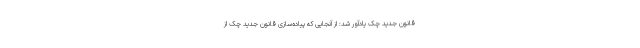
قانون جدید چک یادآور شد: از آنجایی که پیاده‌سازی قانون جدید چک از